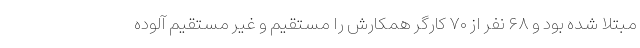
مبتلا شده بود و ۶۸ نفر از ۷۰ کارگر همکارش را مستقیم و غیر مستقیم آلوده